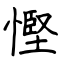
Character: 慳